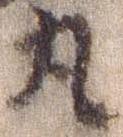
丸